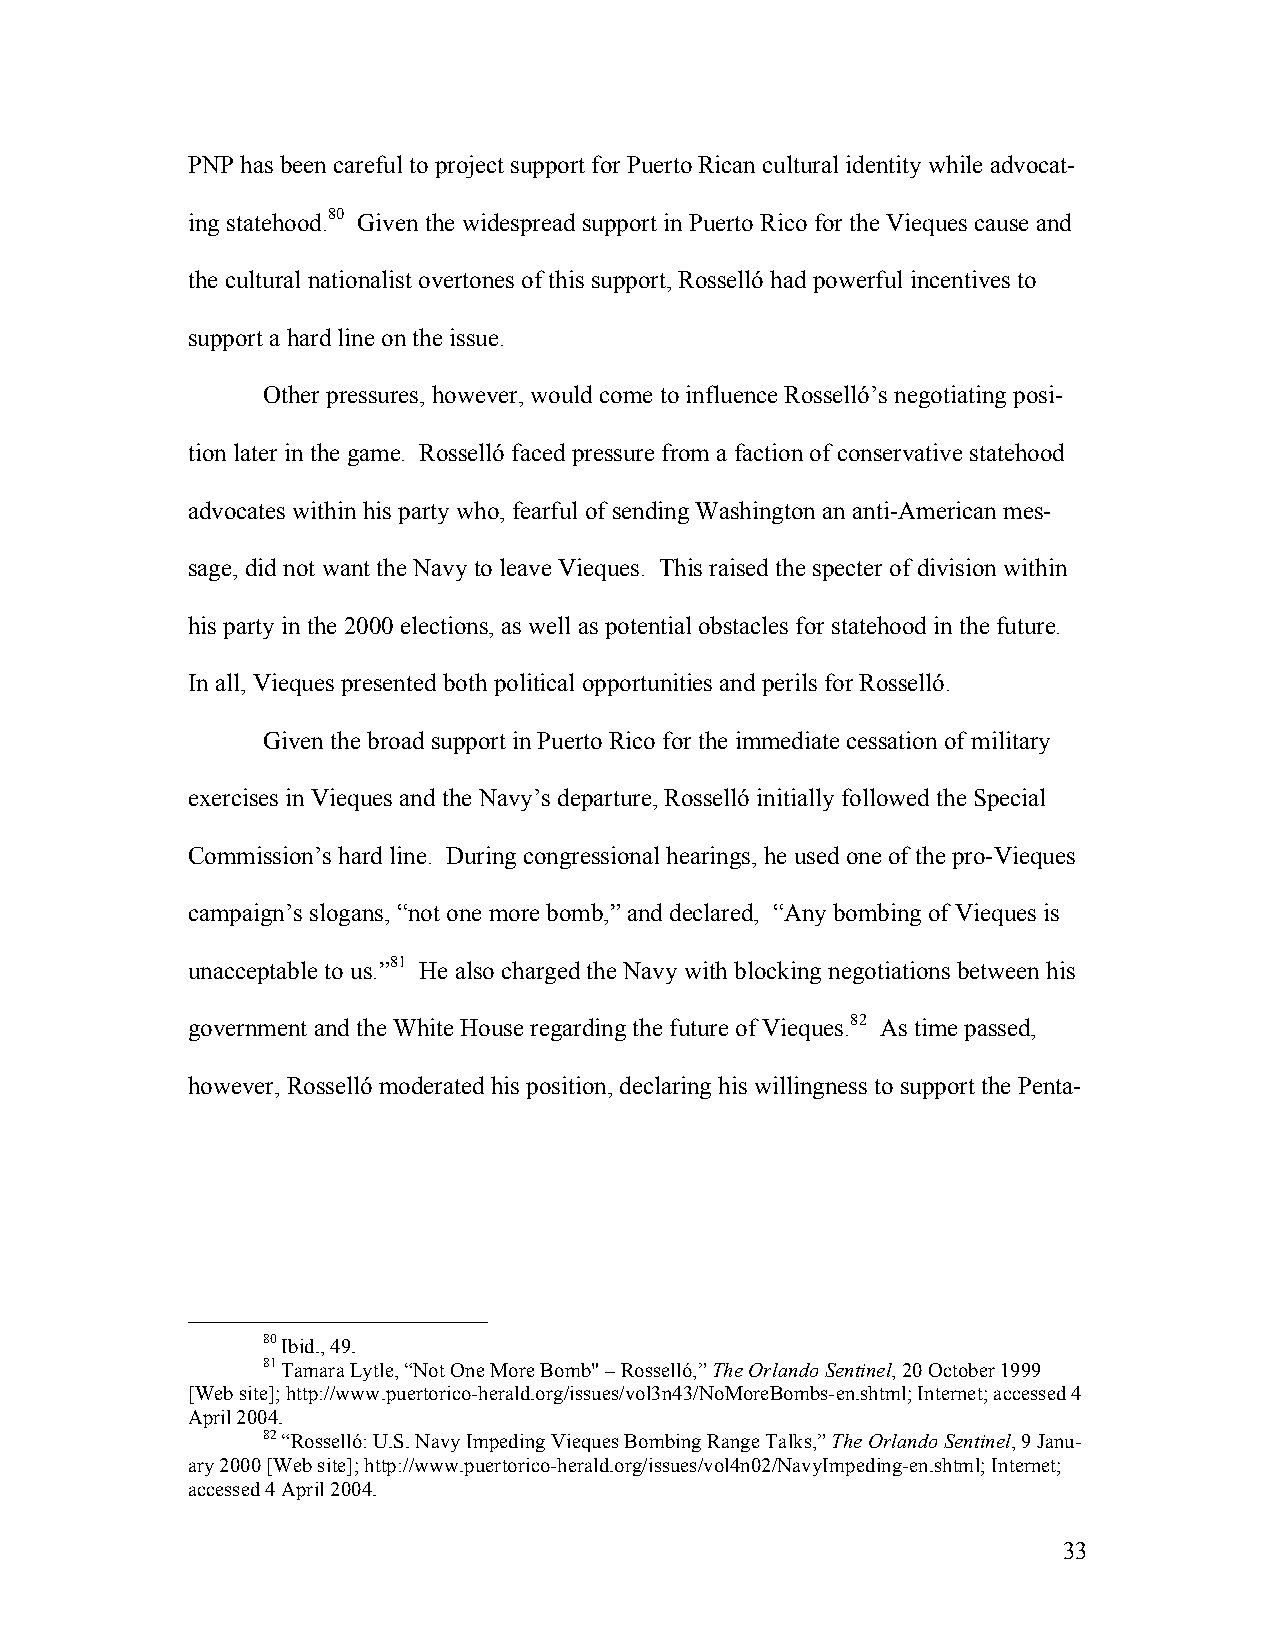
PNP has been careful to project support for Puerto Rican cultural identity while advocat-
 ing statehood.80 Given the widespread support in Puerto Rico for the Vieques cause and
 the cultural nationalist overtones of this support, Rosselló had powerful incentives to
 support a hard line on the issue.
 Other pressures, however, would come to influence Rosselló’s negotiating posi-
 tion later in the game. Rosselló faced pressure from a faction of conservative statehood
 advocates within his party who, fearful of sending Washington an anti-American mes-
 sage, did not want the Navy to leave Vieques. This raised the specter of division within
 his party in the 2000 elections, as well as potential obstacles for statehood in the future.
 In all, Vieques presented both political opportunities and perils for Rosselló.
 Given the broad support in Puerto Rico for the immediate cessation of military
 exercises in Vieques and the Navy’s departure, Rosselló initially followed the Special
 Commission’s hard line. During congressional hearings, he used one of the pro-Vieques
 campaign’s slogans, “not one more bomb,” and declared, “Any bombing of Vieques is
 unacceptable to us.”81 He also charged the Navy with blocking negotiations between his
 government and the White House regarding the future of Vieques.82 As time passed,
 however, Rosselló moderated his position, declaring his willingness to support the Penta-
 80 Ibid., 49.
 81 Tamara Lytle, “Not One More Bomb" – Rosselló,” The Orlando Sentinel, 20 October 1999
 [Web site]; http://www.puertorico-herald.org/issues/vol3n43/NoMoreBombs-en.shtml; Internet; accessed 4
 April 2004.
 82 “Rosselló: U.S. Navy Impeding Vieques Bombing Range Talks,” The Orlando Sentinel, 9 Janu-
 ary 2000 [Web site]; http://www.puertorico-herald.org/issues/vol4n02/NavyImpeding-en.shtml; Internet;
 accessed 4 April 2004.
 33